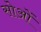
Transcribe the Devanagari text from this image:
सोओं